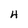
Character: 4